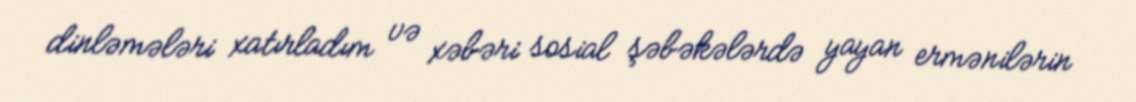
dinləmələri xatırladım və xəbəri sosial şəbəkələrdə yayan ermənilərin